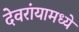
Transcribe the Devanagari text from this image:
देवरांयामध्ये